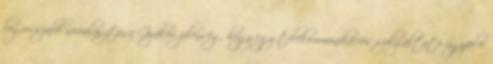
legrosszabb névválasztása Gyakori jelenség, hogy egy telekommunikációs szolgáltató ügyfelei